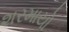
શરમાયો